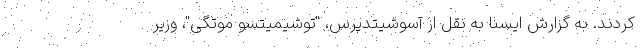
کردند. به گزارش ایسنا به نقل از آسوشیتدپرس، "توشیمیتسو موتگی"، وزیر